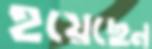
হয়েছেন